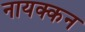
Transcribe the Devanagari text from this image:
नायक्कन